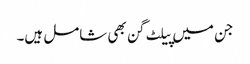
جن میں پیلٹ گن بھی شامل ہیں۔